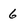
Character: 6